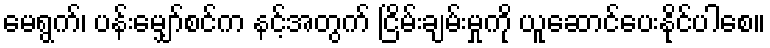
မေရွက်၊ ပန်းမျှော်စင်က နင့်အတွက် ငြိမ်းချမ်းမှုကို ယူဆောင်ပေးနိုင်ပါစေ။